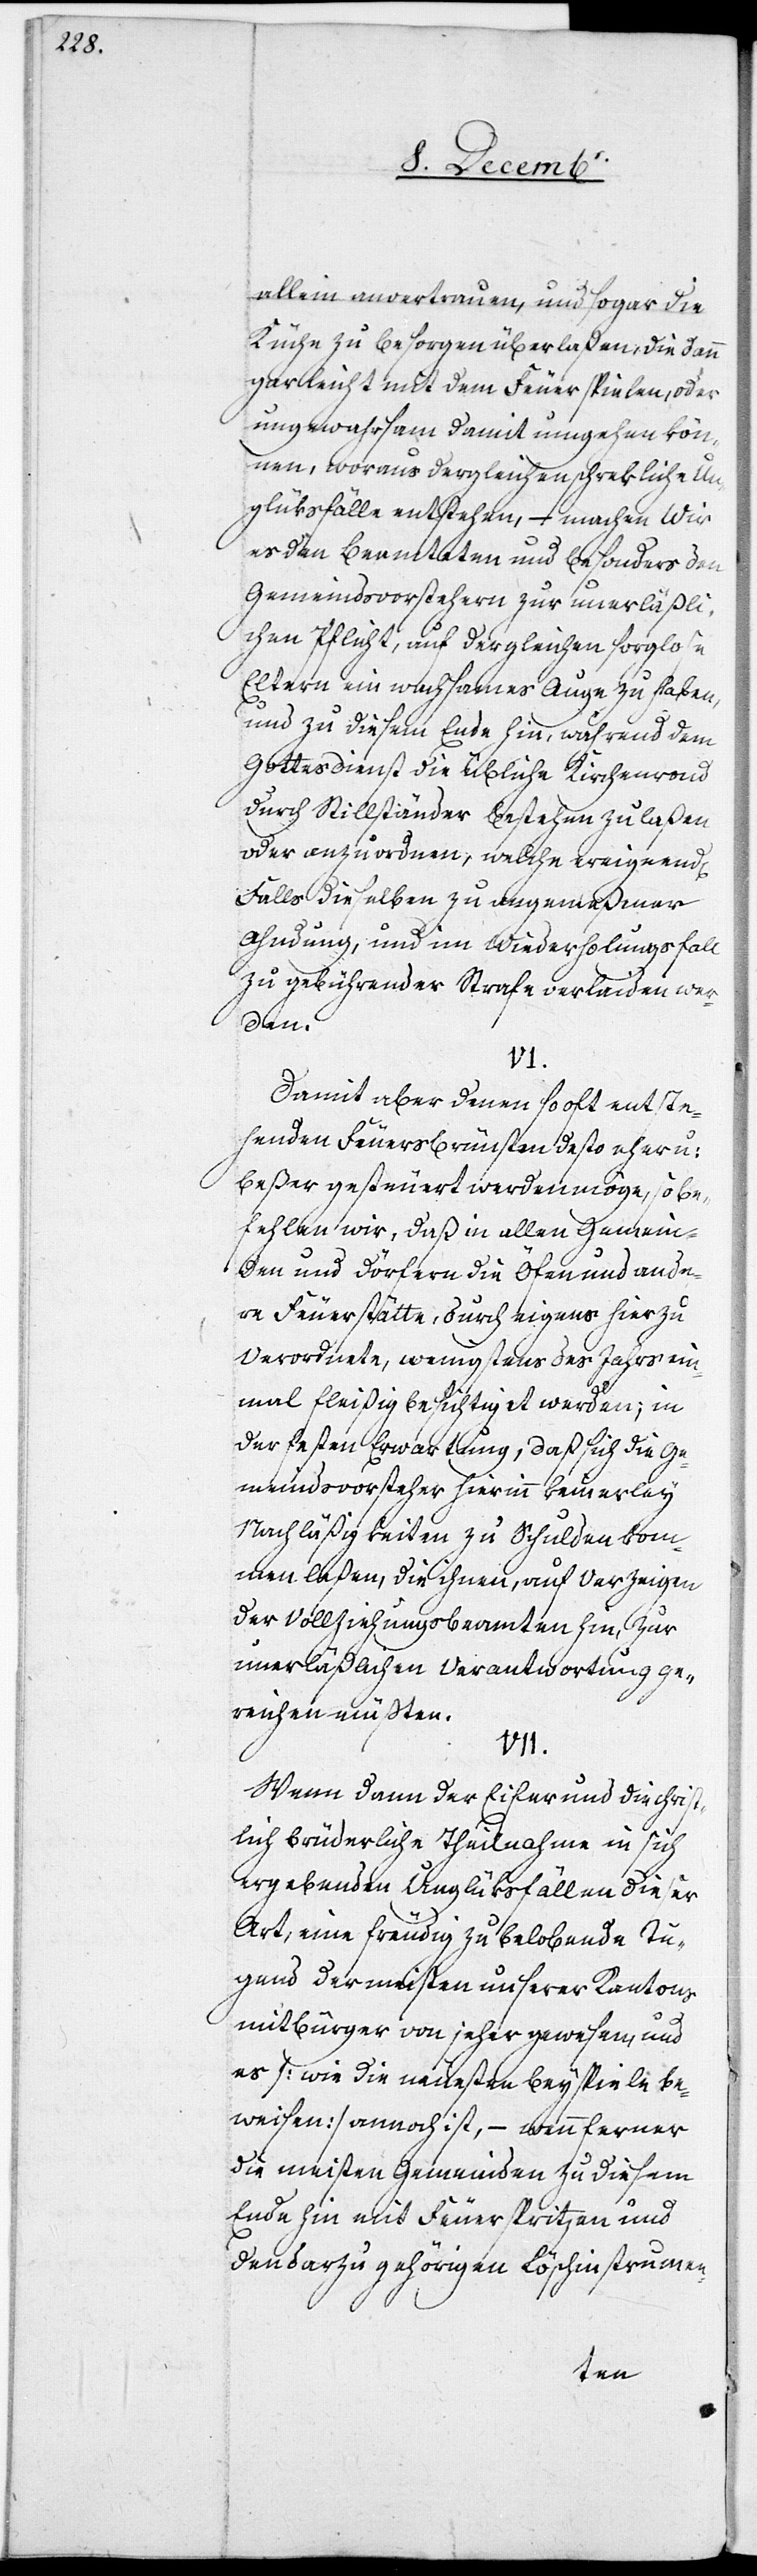
allein anvertrauen, und sogar die
Küche zu besorgen überlaßen, die dann
gar leicht mit dem Feuer spielen, oder
ungewahrsam damit umgehen kön¬
nen, woraus dergleichen schrekliche Un¬
glüksfälle entstehen, – machen Wir
es den Beamteten und besonders den
Gemeindsvorstehern zur unerläßli¬
chen Pflicht, auf dergleichen sorglose
Eltern ein wachsames Auge zu haben,
und zu diesem Ende hin, während dem
Gottesdienst die übliche Kirchenrond
durch Stillständer bestehen zu laßen
oder anzuordnen, welche ereignend[en]
Falls dieselben zu angemeßener
Ahndung, und im Wiederholungsfall
zu gebührender Strafe verlaiden wer¬
den.
VI.
Damit aber denen so oft entste¬
henden Feuersbrünsten desto eher u:
beßer gesteuert werden möge, so be¬
fehlen wir, daß in allen Gemein¬
den und Dörfern die Öfen und ande¬
re Feuerstätte, durch eigens hierzu
Verordnete, wenigstens des Jahrs ein¬
mal fleißig besichtiget werden; in
der festen Erwartung, daß sich die Ge¬
meindsvorsteher hierinn keinerley
Nachläßigkeiten zu Schulden kom¬
men laßen, die ihnen, auf Verzeigen
der Vollziehungsbeamten hin, zur
unerläßlichen Verantwortung ge¬
reichen müßten.
VII.
Wenn dann der Eifer und die christ¬
lich brüderliche Theilnahme in sich
ergebenden Unglüksfällen dieser
Art, eine freudig zu belobende Tu¬
gend der meisten unserer Kantons¬
mitbürger von jeher gewesen, und
es [wie die neuesten Beyspiele be¬
weisen] annoch ist, – wenn ferner
die meisten Gemeinden zu diesem
Ende hin mit Feuerspritzen und
den darzu gehörigen Löschinstrumen-